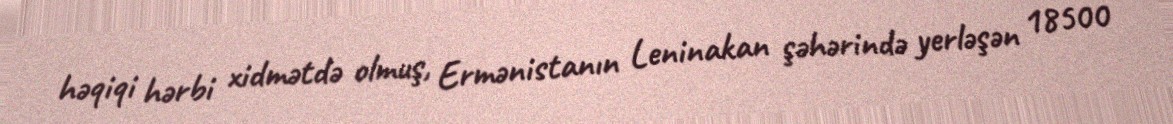
həqiqi hərbi xidmətdə olmuş, Ermənistanın Leninakan şəhərində yerləşən 18500